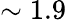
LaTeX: \sim 1.9